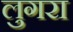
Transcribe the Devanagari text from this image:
लुगरा